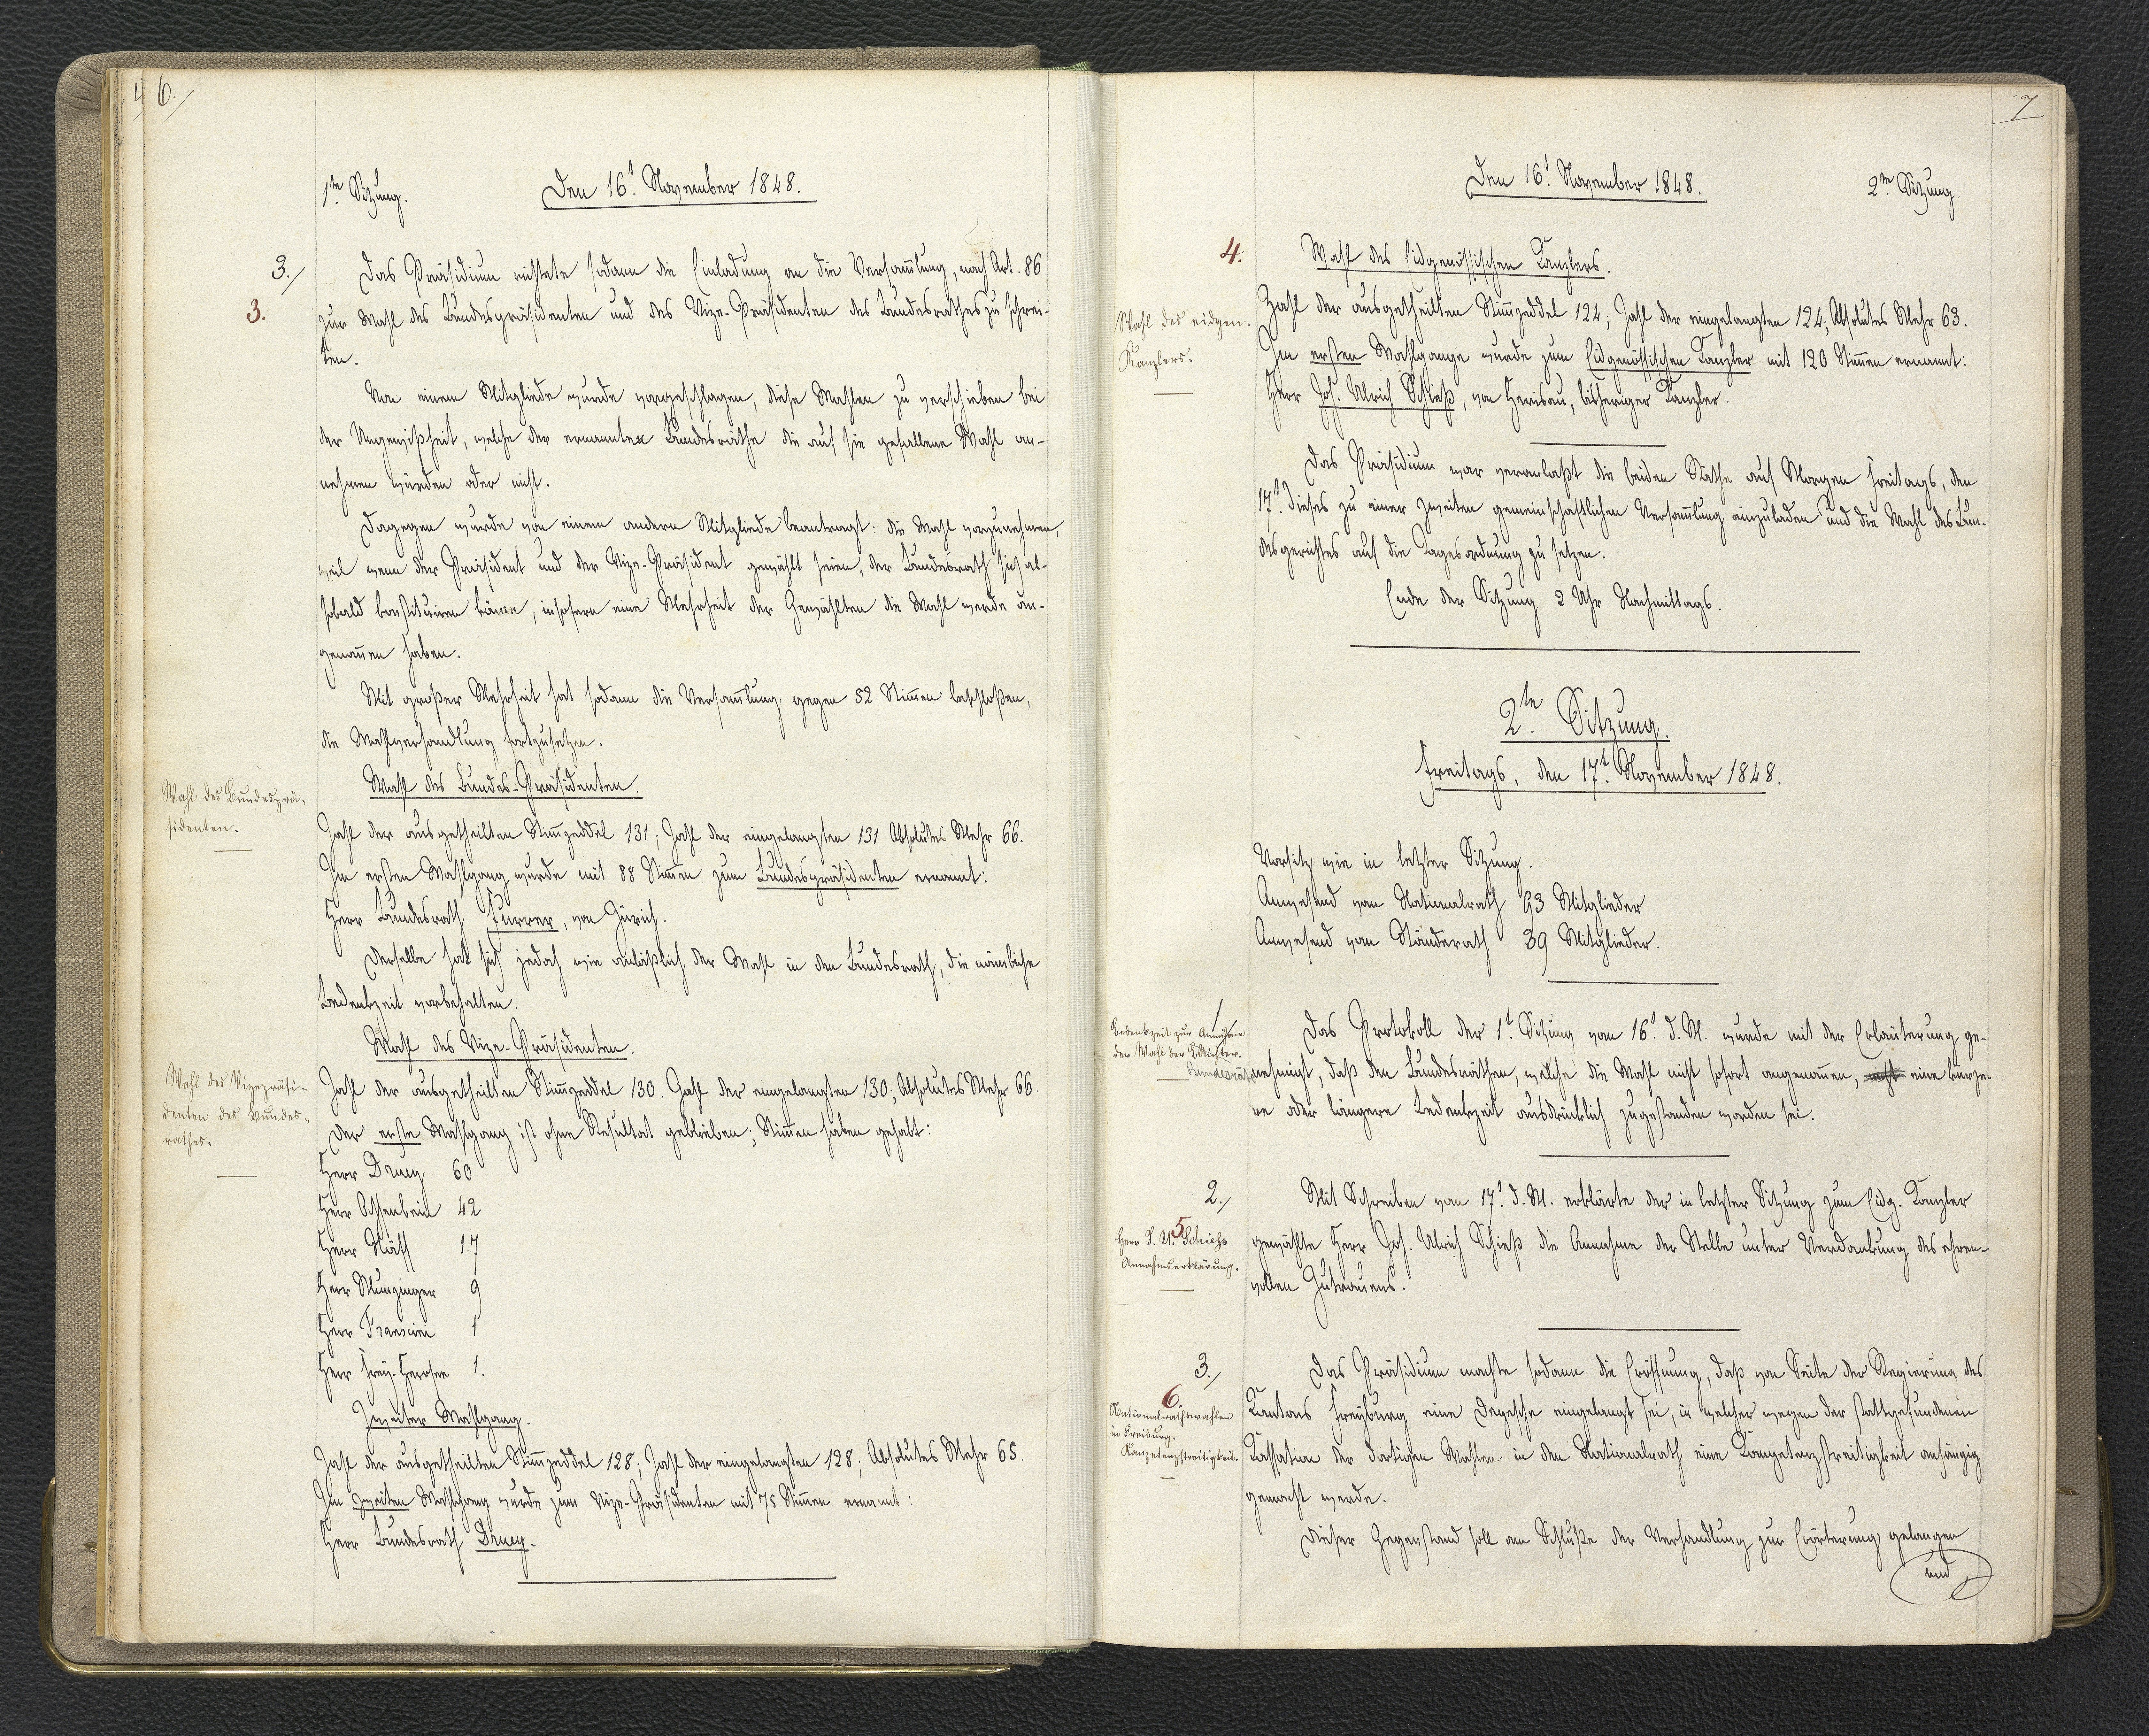
7.

2.te Sitzung.
Freitags, den 17. November 1848.

Vorsitz wie in letzter Sitzung.
Anwesend vom Nationalrath 93 Mitglieder
Anwesend vom Ständerath 39 Mitglieder.
Das Protokoll der 1.t Sitzung vom 16.t d. M. wurde mit der Erläuterung ge¬
nehmigt, daß den Bundesräthen, welche die Wahl nicht sofort angenommen, nicht eine kürze¬
re oder längere Bedenkzeit ausdrücklich zugestanden worden sei.
Mit Schreiben vom 17.t d. M. erklärte der in letzter Sitzung zum Eidg. Kanzler
gewählte Herr Joh. Ulrich Schieß die Annahme der Stelle unter Verdankung des ehren¬
vollen Zutrauens.
Das Präsidium machte sodann die Eröffnung, daß von Seite der Regierung des
Kantons Freyburg eine Depesche eingelangt sei, in welcher wegen der stattgefundenen
Kassation der dortigen Wahlen in den Nationalrath eine Kompetenzstreitigkeit anhängig
gemacht werde.
Dieser Gegenstand soll am Schluße der Verhandlung zur Erörterung gelangen
und

1.
Bedenkzeit zur Annahme
der Wahl der B.Richter.
Bundesräthe

2.
5
Herr J. U. Schiess
Annahmserklärung

3.
6.
Nationalrathswahlen
in Freiburg.
Kompetenzstreitigkeit.